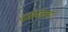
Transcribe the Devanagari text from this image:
दर्शनांच्या